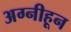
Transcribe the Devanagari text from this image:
अग्नीहून